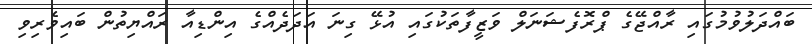
ބައްދަލުވުމުގައި ރާއްޖޭގެ ޕްރޮފެޝަނަލް ވަޒީފާތަކުގައި އުޅޭ ގިނަ އަދަދެއްގެ އިންޑިއާ ރައްޔިތުން ބައިވެރިވި